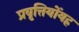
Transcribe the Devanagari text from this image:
प्रवृत्तियोंयह